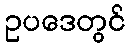
ဥပဒေတွင်